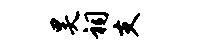
昊祠支